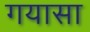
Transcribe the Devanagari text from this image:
गयासा